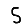
Digit: 5